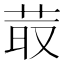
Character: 𦮆